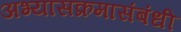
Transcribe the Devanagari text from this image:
अभ्यासक्रमासंबंधी